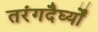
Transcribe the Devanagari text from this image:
तरंगदैर्घ्यों